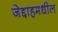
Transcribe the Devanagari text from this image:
जेद्दाहमधील